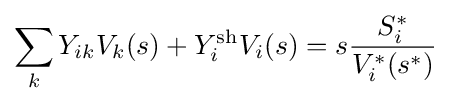
\sum _{k}Y_{ik}V_{k}(s)+Y_{i}^{\text{sh}}V_{i}(s)=s{\frac {S_{i}^{*}}{V_{i}^{*}(s^{*})}}